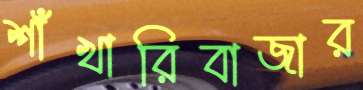
শাঁখারিবাজার